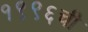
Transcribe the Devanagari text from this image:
१९९६ची